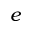
e